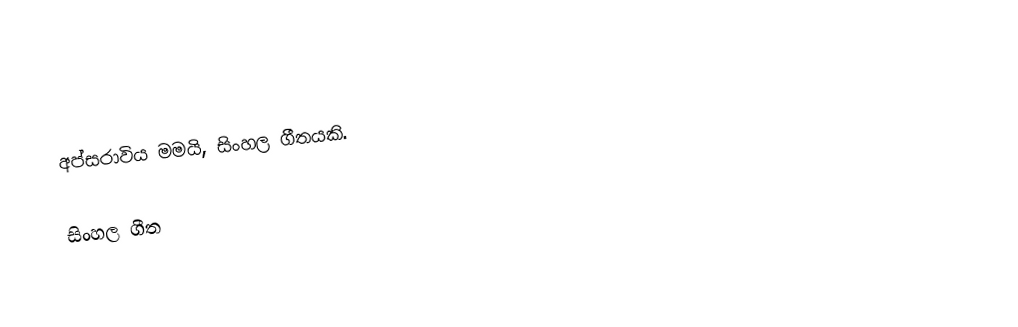
අප්සරාවිය මමයි, සිංහල ගීතයකි.

සිංහල ගීත